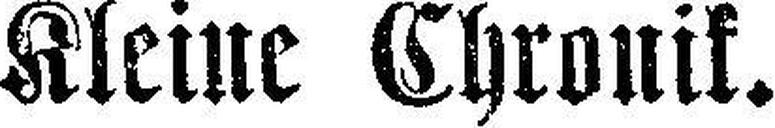
Kleine Chronik.